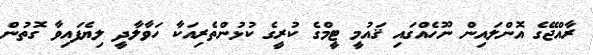
ރާއްޖޭގެ އޮންލައިން ނޫހެއްގައި ޤައުމީ ޓީމްގެ ކުރީގެ ކުޅުންތެރިއަކާ ހަވާލާދީ ލިޔެފައިވާ ގޮތުން